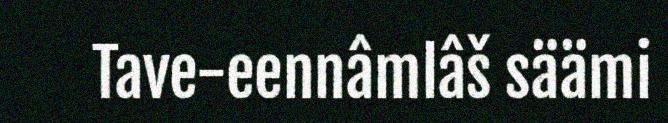
Tave-eennâmlâš säämi